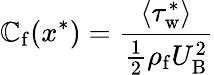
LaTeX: \mathbb{C}_{\mathrm{{f}}}(x^{*})=\frac{{\langle\tau_{\mathrm{{w}}}^{*}\rangle}}{{\frac{{1}}{{2}}\rho_{\mathrm{{f}}}U_{\mathrm{{B}}}^{2}}}